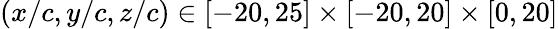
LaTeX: (x/c,y/c,z/c)\in[-20,25]\times[-20,20]\times[0,20]